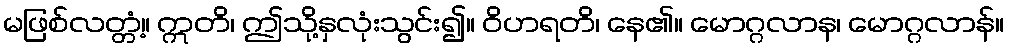
မဖြစ်လတ္တံ့။ ဣတိ၊ ဤသို့နှလုံးသွင်း၍။ ဝိဟရတိ၊ နေ၏။ မောဂ္ဂလာန၊ မောဂ္ဂလာန်။